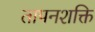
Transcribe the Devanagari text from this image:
तापनशक्ति